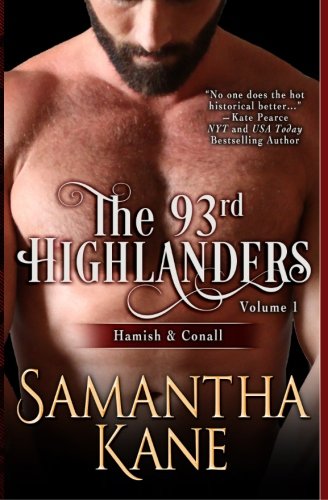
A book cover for The 93rd Highlanders Volume I: Hamish and Conall (Volume 1); Samantha Kane; Romance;